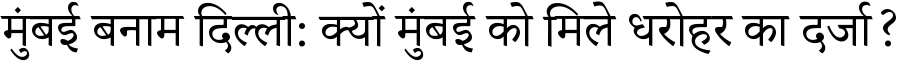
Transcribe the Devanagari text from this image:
मुंबई बनाम दिल्ली: क्यों मुंबई को मिले धरोहर का दर्जा?